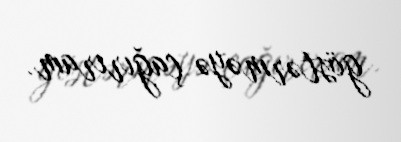
göstərməyə çağırıram.